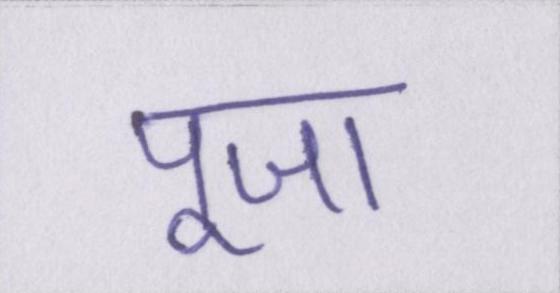
पूजा